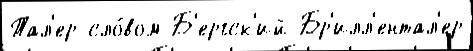
Тал'ер сло́вом Б'ергск'ий Бр'илл'ентал'ер